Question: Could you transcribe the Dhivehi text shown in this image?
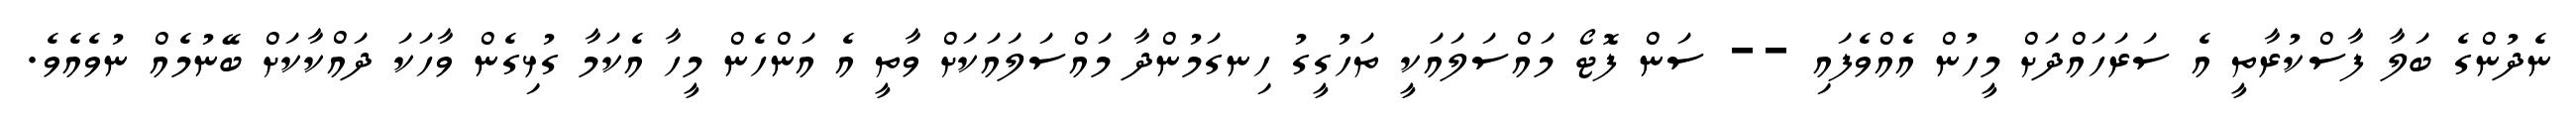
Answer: ނެދުންގެ ބަލާ ފާސްކުރާތީ އެ ސަރަހައްދަށް މީހުން އެއްވެފައި -- ސަން ފޮޓޯ މައްސަލައަކީ ތަހުގީގު ހިނގަމުންދާ މައްސަލައަކަށް ވާތީ އެ އަންހެން މީހާ އެކަމާ ގުޅިގެން ވާހަކަ ދައްކާކަށް ބޭނުމެއް ނުވެއެވެ.